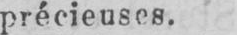
précieuses.